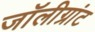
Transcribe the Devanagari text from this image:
जॉलीग्रांट